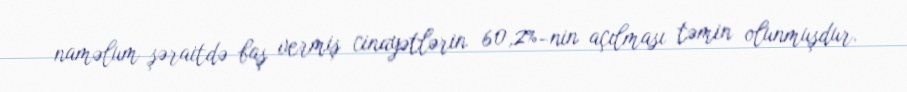
naməlum şəraitdə baş vermiş cinayətlərin 60,2%-nin açılması təmin olunmuşdur.